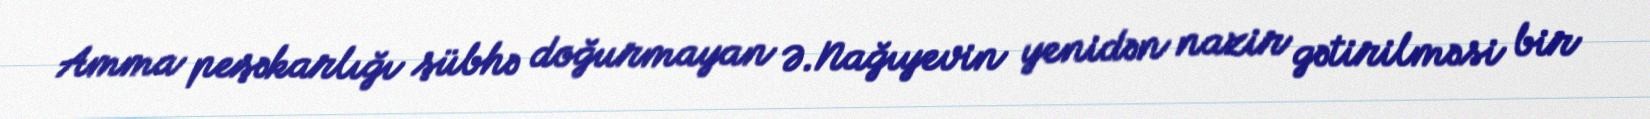
Amma peşəkarlığı şübhə doğurmayan Ə.Nağıyevin yenidən nazir gətirilməsi bir